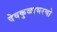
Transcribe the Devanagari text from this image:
देवकुळाभरणो